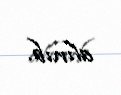
alınıb.